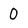
Character: 0